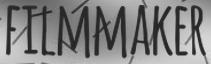
FILMMAKER